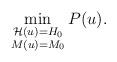
LaTeX: \begin{align*}\min_{\substack{\mathcal{H}(u)=H_0\\M(u)=M_0}}P(u).\end{align*}